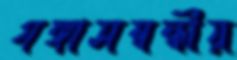
গঙ্গাসম্বন্ধীয়